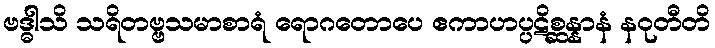
ဗဒ္ဓါသိ သရိတဗ္ဗသမာစာရံ ရောဂတောပေ ဧကာဟပ္ပဋိစ္ဆန္နာနံ နဝုတီတိ